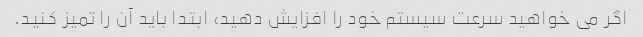
اگر می خواهید سرعت سیستم خود را افزایش دهید، ابتدا باید آن را تمیز کنید.